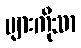
များကိုသာ